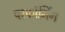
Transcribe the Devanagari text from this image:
परफॉमिंग